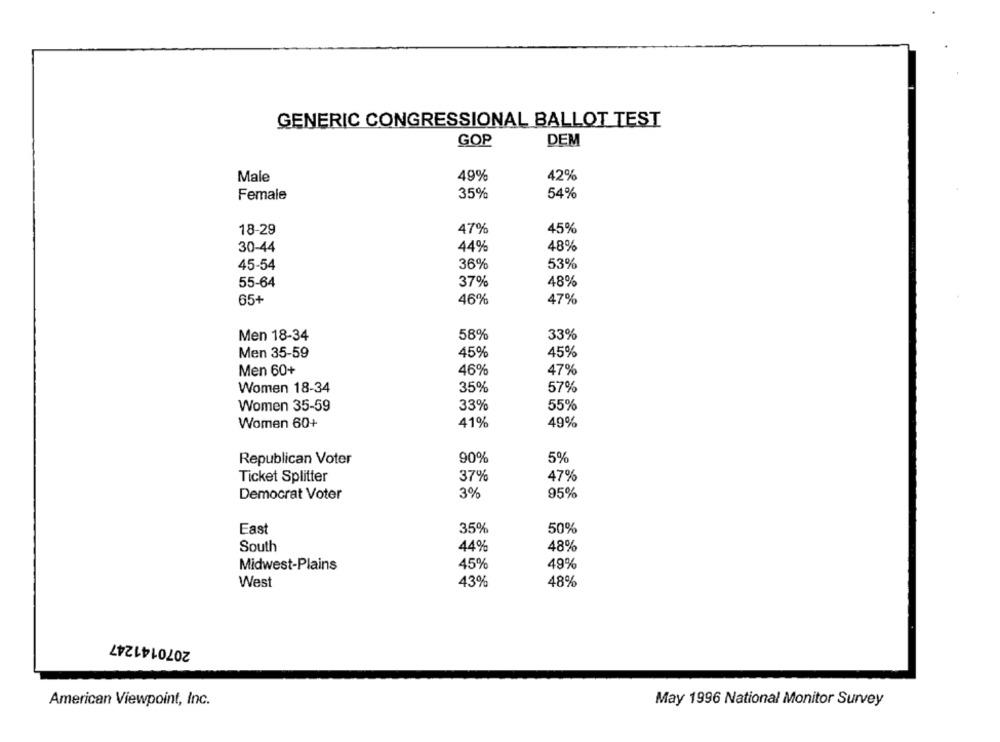
GENERIC CONGRESSIONAL BALLOT TEST
GOP
DEM
Male
49%
42%
35%
54%
Female
18-29
47%
45%
30-44
44%
48%
45-54
36%
53%
37%
48%
55-64
65+
46%
47%
Men 18-34
58%
33%
Men 35-59
45%
45%
Men 60+
46%
47%
Women 18-34
35%
57%
Women 35-59
33%
55%
41%
49%
Women 60+
Republican Voter
90%
5%
Ticket Splitter
37%
47%
Democrat Voter
3%
95%
East
35%
50%
South
44%
48%
45%
Midwest-Plains
49%
West
43%
48%
2070141247
American Viewpoint, Inc.
May 1996 National Monitor Survey